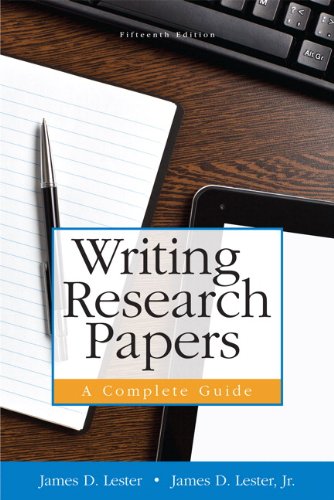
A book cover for Writing Research Papers: A Complete Guide, 15th Edition; James D. Lester; Test Preparation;